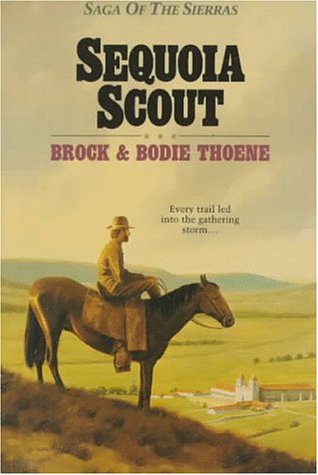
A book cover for Sequoia Scout (Saga of the Sierras); Brock Thoene; Religion & Spirituality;